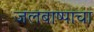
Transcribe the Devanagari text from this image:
जलबाष्पाचा